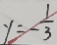
y = - \frac { 1 } { 3 }